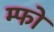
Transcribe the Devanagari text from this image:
म्फो